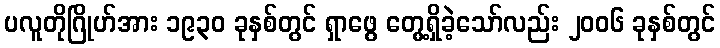
ပလူတိုဂြိုဟ်အား ၁၉၃၀ ခုနှစ်တွင် ရှာဖွေ တွေ့ရှိခဲ့သော်လည်း ၂၀၀၆ ခုနှစ်တွင်